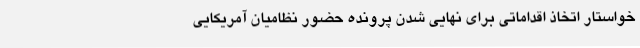
خواستار اتخاذ اقداماتی برای نهایی شدن پرونده حضور نظامیان آمریکایی